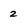
Character: 2